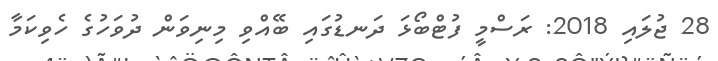
28 ޖުލައި 2018: ރަސްމީ ފުޓްބޯޅަ ދަނޑުގައި ބޭއްވި މިނިވަން ދުވަހުގެ ހެވިކަމާ